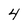
Character: 4